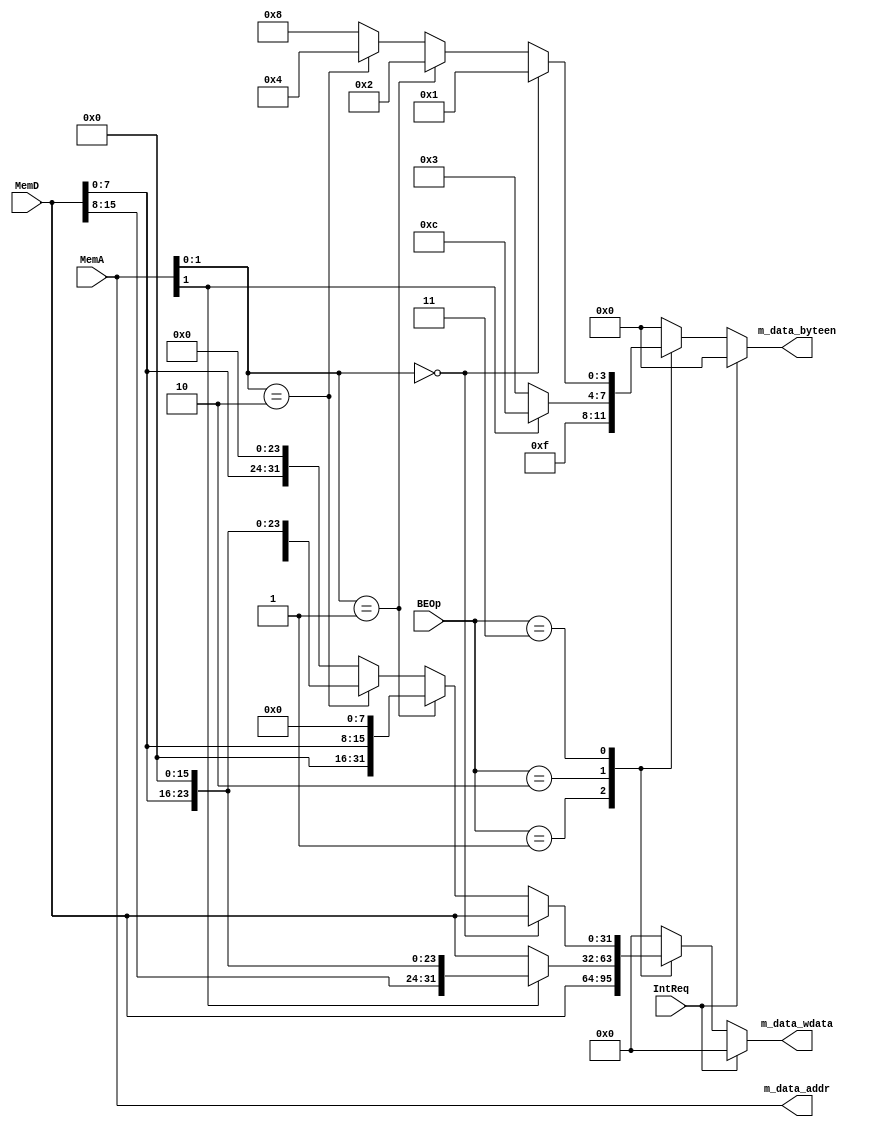
module BE (
    input wire[1:0] BEOp,
    input wire[31:0] MemA,
    input wire[31:0] MemD,
    input wire IntReq,
    output wire[3:0] m_data_byteen,
    output wire[31:0] m_data_addr,
    output wire[31:0] m_data_wdata
);
    //2'b00:none
    //2'b01:sw
    //2'b10:sh
    //2'b11:sb
    reg [3:0] r_m_data_byteen;
    reg [31:0] r_m_data_wdata;

    always @(*) begin
        if(IntReq) begin 
            r_m_data_byteen = 0;
            r_m_data_wdata = 0;
        end else begin
            case (BEOp)
                2'b01:  begin
                            r_m_data_byteen = 4'b1111;
                            r_m_data_wdata = MemD;
                        end
                2'b10:  if(MemA[1]==1'b0) begin
                            r_m_data_byteen = 4'b0011;
                            r_m_data_wdata = MemD;
                        end else begin 
                            r_m_data_byteen = 4'b1100;
                            r_m_data_wdata = {MemD[15:0],16'b0};
                        end
                2'b11:  if(MemA[1:0]==2'b00) begin
                            r_m_data_byteen = 4'b0001;
                            r_m_data_wdata = MemD;
                        end else if(MemA[1:0]==2'b01) begin 
                            r_m_data_byteen = 4'b0010;
                            r_m_data_wdata = {16'b0,MemD[7:0],8'b0};
                        end else if(MemA[1:0]==2'b10) begin 
                            r_m_data_byteen = 4'b0100;
                            r_m_data_wdata = {8'b0,MemD[7:0],16'b0};
                        end else begin 
                            r_m_data_byteen = 4'b1000;
                            r_m_data_wdata = {MemD[7:0],24'b0};
                        end
                default: begin
                            r_m_data_byteen = 4'b0000;
                            r_m_data_wdata = 0;
                        end   
            endcase
        end
    end

    assign m_data_byteen = r_m_data_byteen;
    assign m_data_addr = MemA;
    assign m_data_wdata = r_m_data_wdata;

endmodule